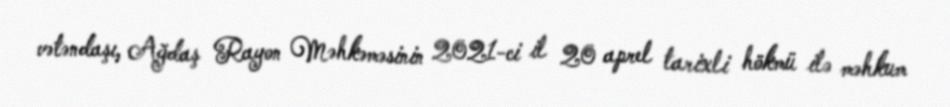
vətəndaşı, Ağdaş Rayon Məhkəməsinin 2021-ci il 20 aprel tarixli hökmü ilə məhkum